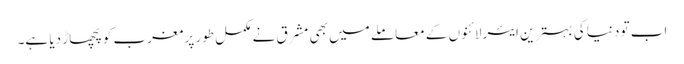
اب تو دنیا کی بہترین ایئرلائنوں کے معاملے میں بھی مشرق نے مکمل طور پر مغرب کو پچھاڑ دیا ہے۔